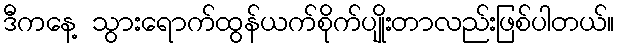
ဒီကနေ့ သွားရောက်ထွန်ယက်စိုက်ပျိုးတာလည်းဖြစ်ပါတယ်။